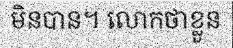
មិនបាន។ លោកថាខ្លួន